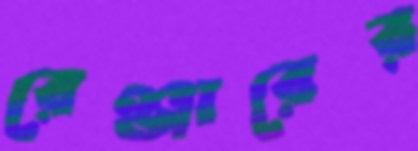
রেঞ্জারের